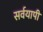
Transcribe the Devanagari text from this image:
सर्वयापी